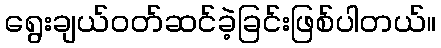
ရွေးချယ်ဝတ်ဆင်ခဲ့ခြင်းဖြစ်ပါတယ်။